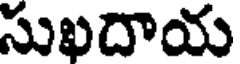
సుఖదాయ